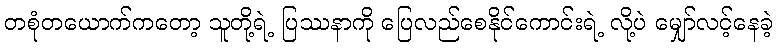
တစုံတယောက်ကတော့ သူတို့ရဲ့ ပြဿနာကို ပြေလည်စေနိုင်ကောင်းရဲ့ လို့ပဲ မျှော်လင့်နေခဲ့